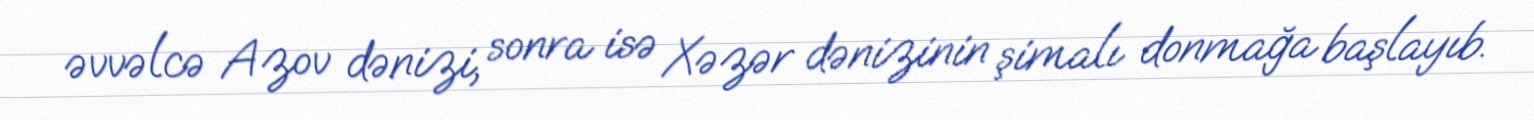
əvvəlcə Azov dənizi, sonra isə Xəzər dənizinin şimalı donmağa başlayıb.